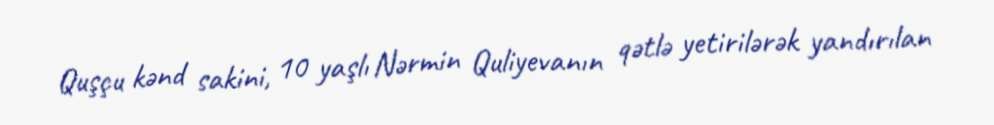
Quşçu kənd sakini, 10 yaşlı Nərmin Quliyevanın qətlə yetirilərək yandırılan